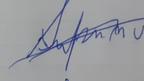
Signature authenticity: forged